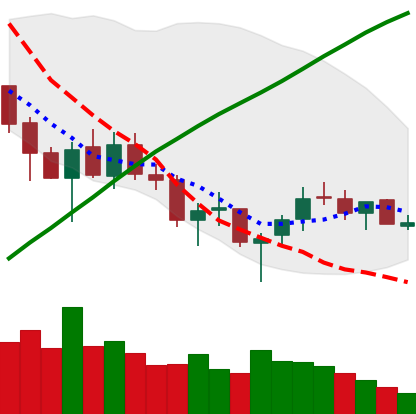
Ticker: LTC-USD
Chart end date: 2018-03-25
Forward return: -25.915%
Label: down_7plus